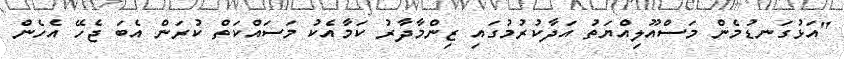
"އަޅުގަނޑުމެން މަސްއޫލިއްޔަތު އަދާކުރުމުގައި ޒިންމާދާރު ކަމާއެކު މަސައްކަތް ކުރަން އެބަ ޖެހޭ އެހެން